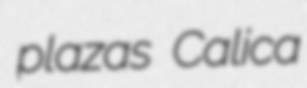
plazas Calica